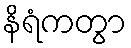
နိရံကတွာ